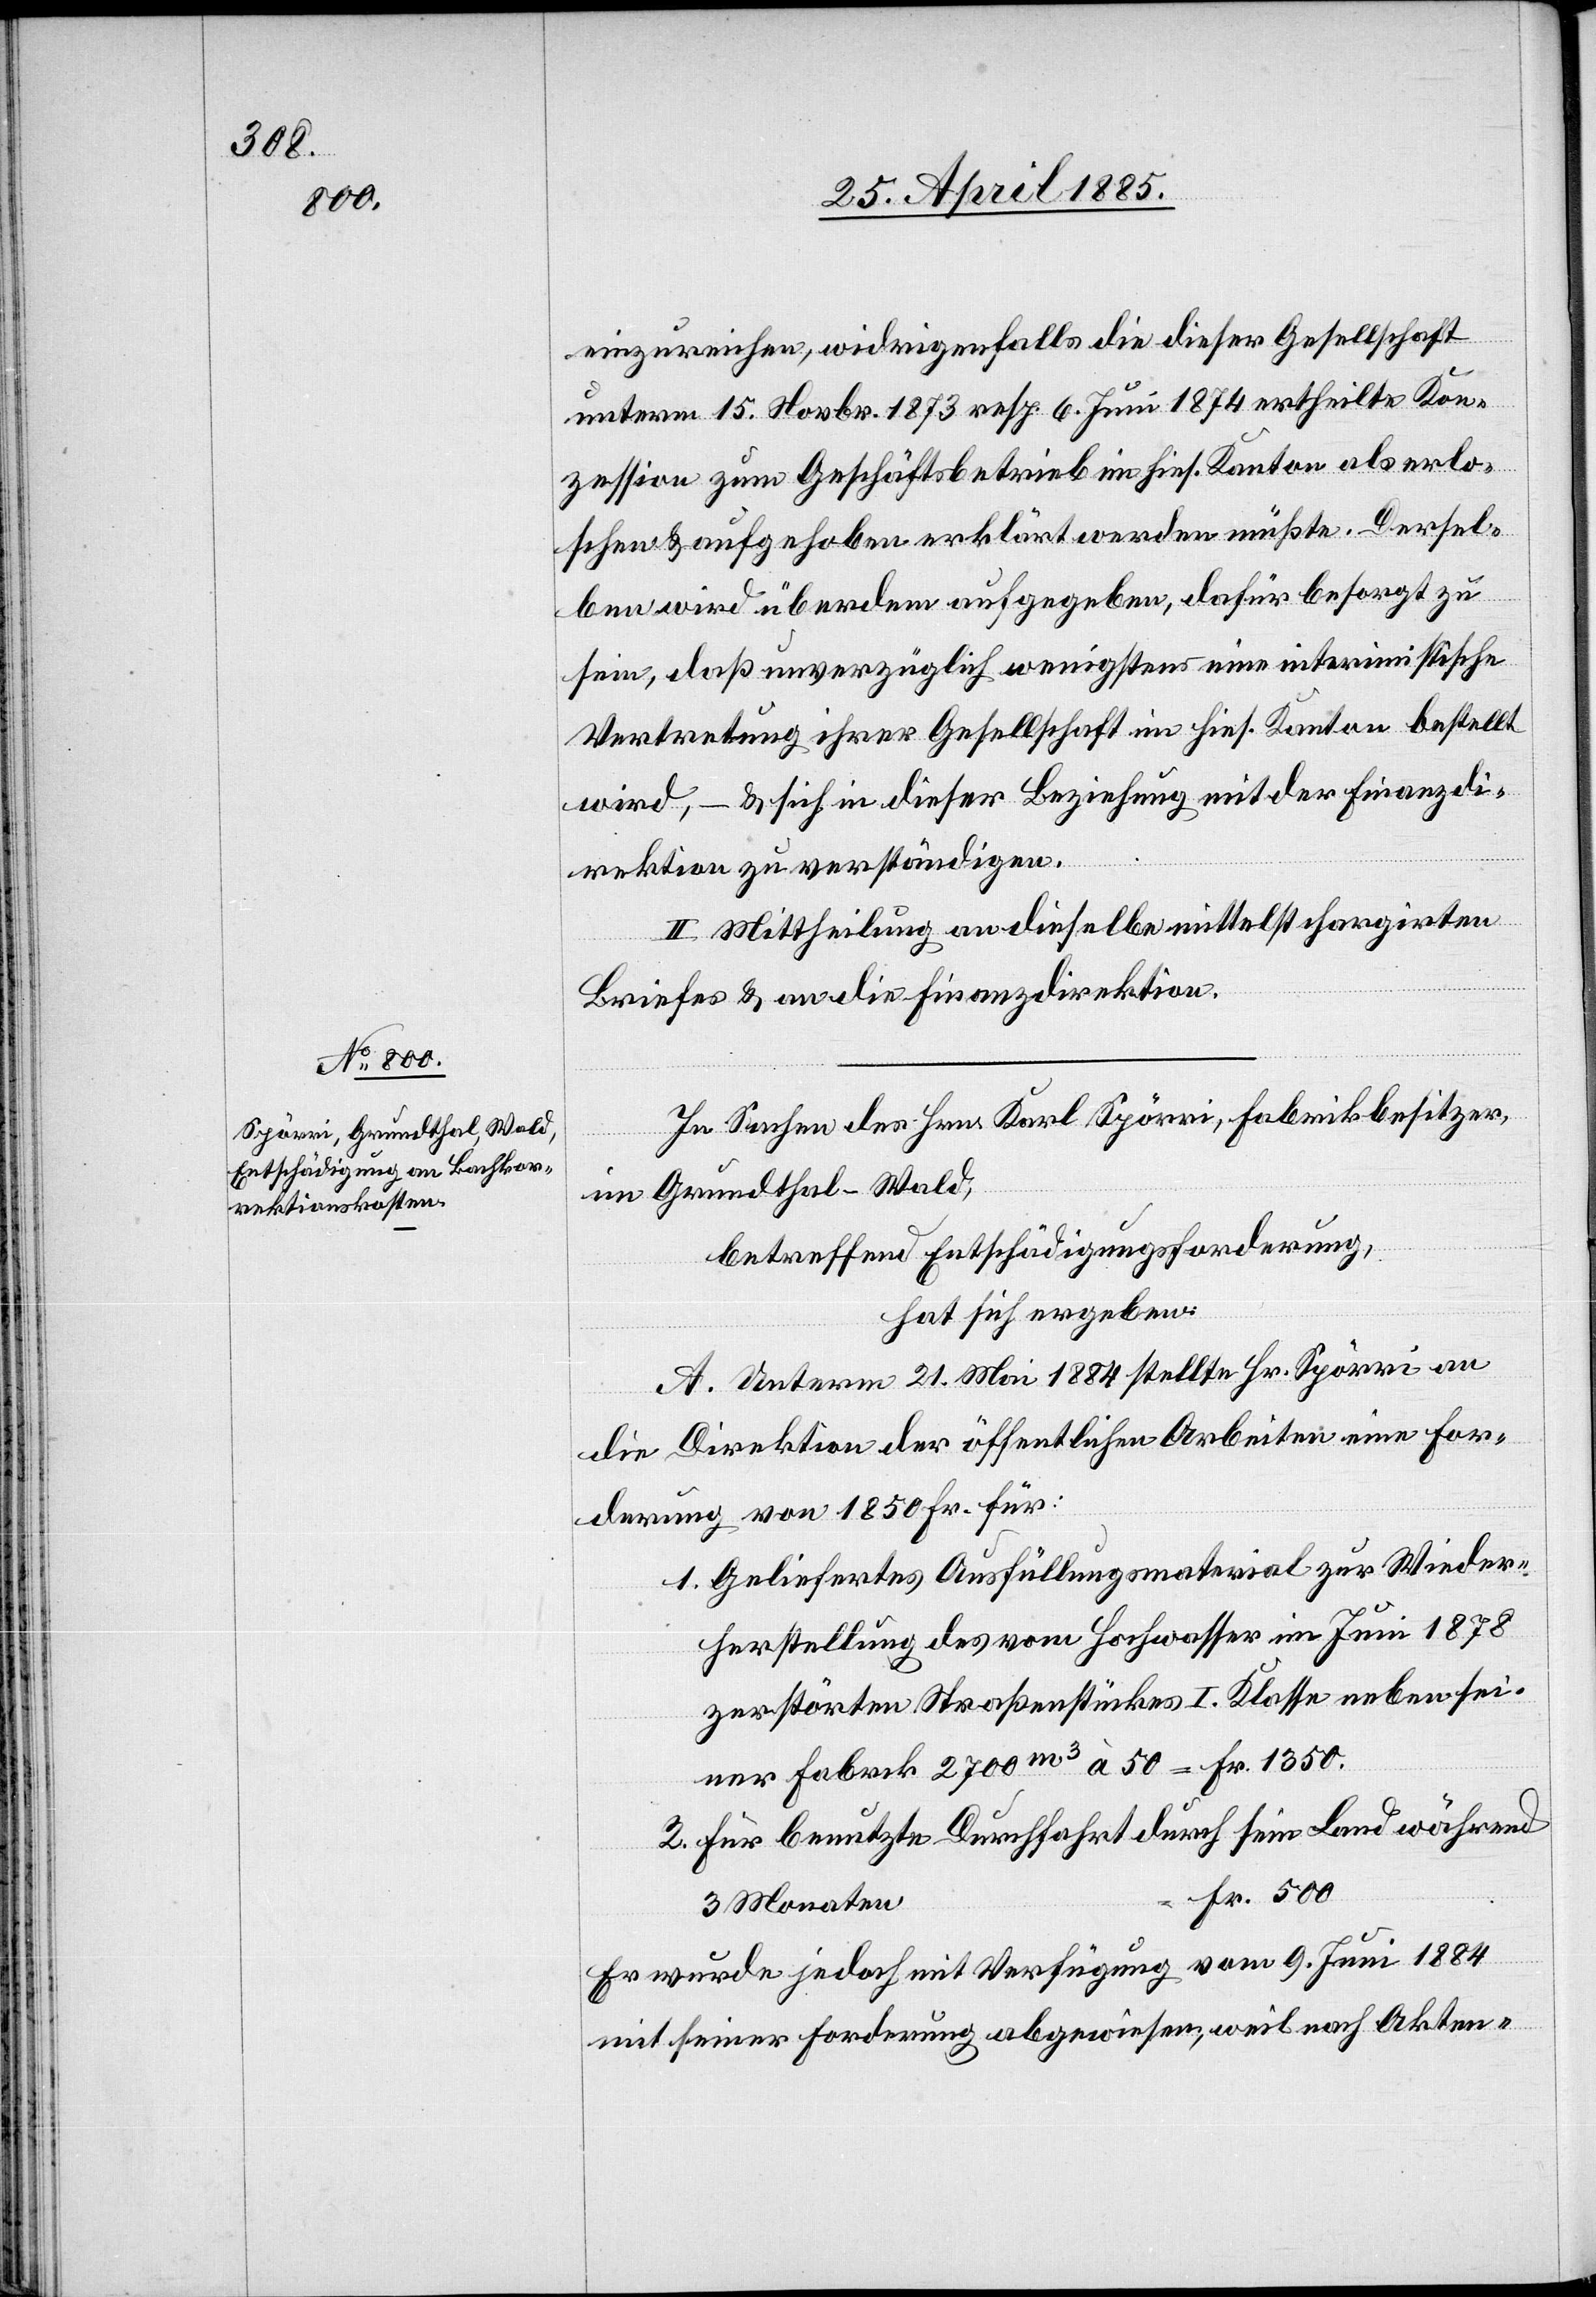
einzureichen, widrigenfalls die dieser Gesellschaft
unterm 15. Novbr. 1873 resp. 6. Juni 1874 ertheilte Kon¬
zession zum Geschäftsbetrieb im hies. Kanton als erlo¬
schen & aufgehoben erklärt werden müßte. Dersel¬
ben wird überdem aufgegeben, dafür besorgt zu
sein, daß unverzüglich wenigstens eine interimistische
Vertretung ihrer Gesellschaft im hies. Kanton bestellt
wird, – & sich in dieser Beziehung mit der Finanzdi¬
rektion zu verständigen.
II. Mittheilung an dieselbe mittelst chargirten
Briefes & an die Finanzdirektion.
In Sachen des Hrn. Karl Spörri, Fabrikbesitzer,
in Grundthal - Wald,
betreffend Entschädigungsforderung,
hat sich ergeben:
A. Unterm 21. Mai 1884 stellte Hr. Spörri an
die Direktion der öffentlichen Arbeiten eine For¬
derung von 1850 Fr. für:
1. Geliefertes Ausfüllungsmaterial zur Wieder¬
herstellung des vom Hochwasser im Juni 1878
zerstörten Straßenstückes I. Klasse neben sei¬
ner Fabrik 2700 m3 à 50 = Fr. 1350.
2. Für benutzte Durchfahrt durch sein Land während
Fr. 500.
3 Monaten
Er wurde jedoch mit Verfügung vom 9. Juni 1884
mit seiner Forderung abgewiesen, weil nach Akten-